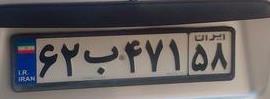
۶۲ب۴۷۱۵۸